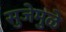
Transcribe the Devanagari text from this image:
सुजेमुळे